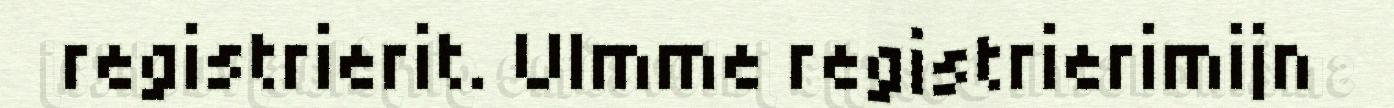
registrierit. Ulmme registrierimijn